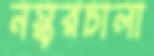
নস্করচালা